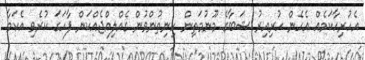
އެހުރިހާކަމެއް އެހެން ހުރިއިރު ޝަބާގެ މޫނުމަތިން ހިނިތުންވުން ގެއްލިއްޖެއްކަން ފާހަގަ ކުރެވި އެކަމާ